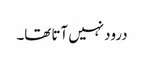
درود نہیں آتا تھا۔